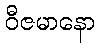
ဝီဇမာနော